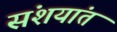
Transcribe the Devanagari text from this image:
संशयांत